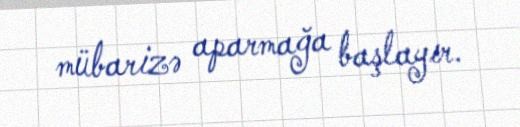
mübarizə aparmağa başlayır.